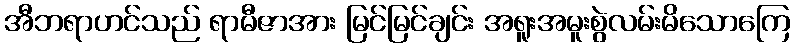
အီဘရာဟင်သည် ရာမီဇာအား မြင်မြင်ချင်း အရူးအမူးစွဲလမ်းမိသောကြေ